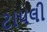
ટાપલી